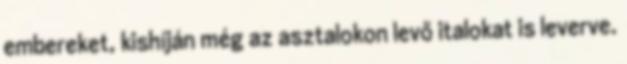
embereket, kishíján még az asztalokon levő italokat is leverve.